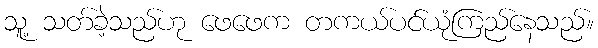
သူ့ သတ်ခဲ့သည်ဟု ဖေဖေက တကယ်ပင်ယုံကြည်နေသည်။